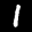
Label: 1